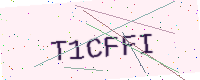
Text: T1CFFI